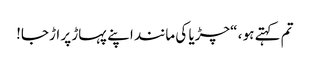
تم کہتے ہو ، “چڑیا کی مانند اپنے پہاڑ پر اڑجا!